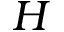
H